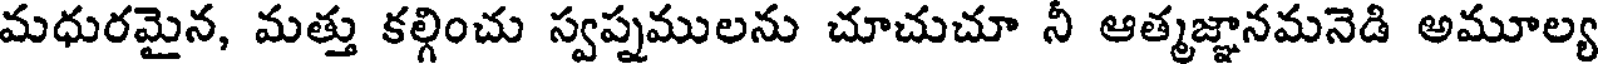
మధురమైన, మత్తు కల్గించు స్వప్నములను చూచుచూ నీ ఆత్మజ్ఞానమనెడి అమూల్య